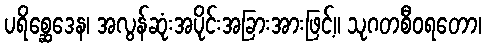
ပရိစ္ဆေဒေန၊ အလွန်ဆုံးအပိုင်းအခြားအားဖြင့်။ သုဂတစီဝရတော၊